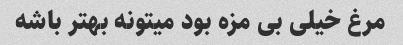
مرغ خیلی بی مزه بود میتونه بهتر باشه